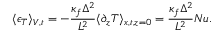
\langle \epsilon _ { T } \rangle _ { V , t } = - \frac { \kappa _ { f } \Delta ^ { 2 } } { L ^ { 2 } } \langle \partial _ { z } T \rangle _ { x , t , z = 0 } = \frac { \kappa _ { f } \Delta ^ { 2 } } { L ^ { 2 } } N u .